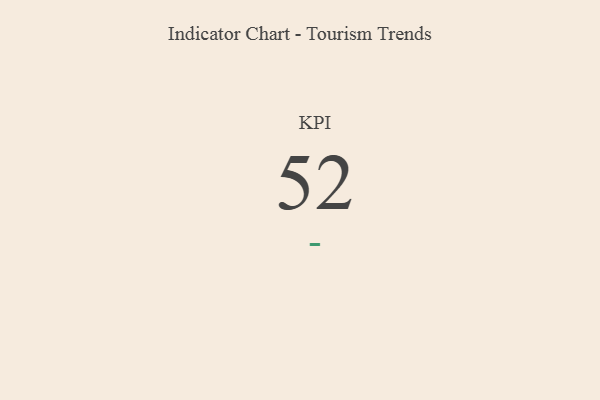
{"axis": {"x": "KPI", "y": "Value"}, "legend": [""], "data": [{"x": "KPI", "y": 52, "type": ""}]}